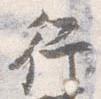
行